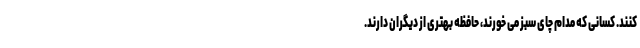
کنند. کسانی که مدام چای سبز می خورند، حافظه بهتری از دیگران دارند.